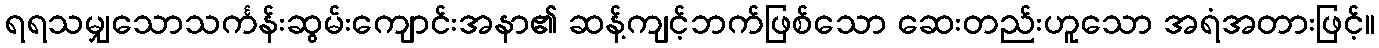
ရရသမျှသောသင်္ကန်းဆွမ်းကျောင်းအနာ၏ ဆန့်ကျင့်ဘက်ဖြစ်သော ဆေးတည်းဟူသော အရံအတားဖြင့်။